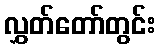
လွှတ်တော်တွင်း